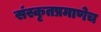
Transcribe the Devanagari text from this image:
संस्कृतप्रमाणेच